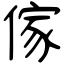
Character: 傢